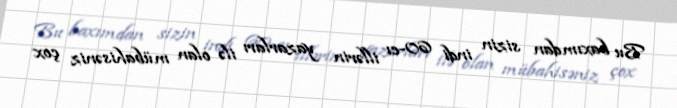
Bu baxımdan sizin indi 60-cı illərin yazarları ilə olan mübahisəniz çox